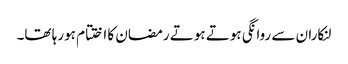
لنکاران سے روانگی ہوتے ہوتے رمضان کا اختتام ہورہا تھا۔